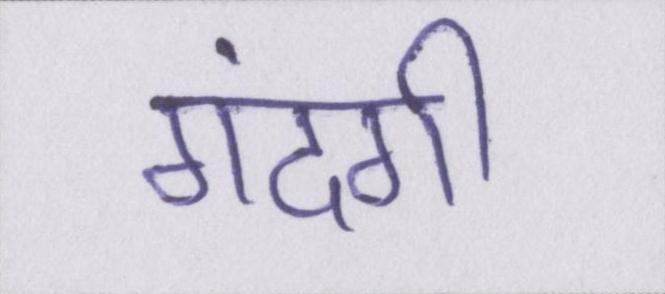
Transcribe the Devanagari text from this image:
गंदगी